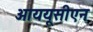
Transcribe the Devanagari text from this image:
आययूसीएन